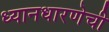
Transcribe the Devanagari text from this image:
ध्यानधारणेची